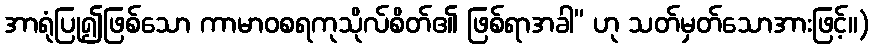
အာရုံပြု၍ဖြစ်သော ကာမာဝစရကုသိုလ်စိတ်၏ ဖြစ်ရာအခါ” ဟု သတ်မှတ်သောအားဖြင့်။)